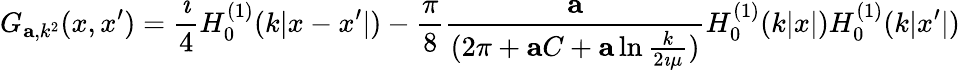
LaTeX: G_{{\mathbf a},k^{2}}(x,x^{\prime})={\frac{\imath}{4}}H_{0}^{(1)}(k|x-x^{\prime}|)-{\frac{\pi}{8}}{\frac{\mathbf a}{(2\pi+{\mathbf a}C+{\mathbf a}\ln{\frac{k}{2\imath\mu}})}}H_{0}^{(1)}(k|x|)H_{0}^{(1)}(k|x^{\prime}|)